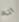
انا